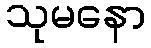
သုမနော